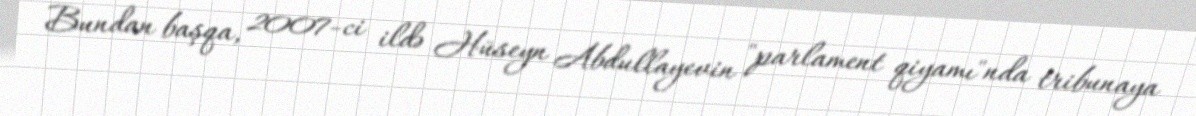
Bundan başqa, 2007-ci ildə Hüseyn Abdullayevin "parlament qiyamı"nda tribunaya